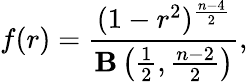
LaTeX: f(r)={\frac{(1-r^{2})^{\frac{n-4}{2}}}{\mathbf{B}\left({\frac{1}{2}},{\frac{n-2}{2}}\right)}},